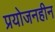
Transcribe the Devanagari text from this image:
प्रयोजनहीन